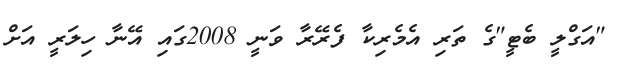
"އަގްލީ ބެޓީ"ގެ ތަރި އެމެރިކާ ފެރޭރާ ވަނީ 2008ގައި އޭނާ ހިލަރީ އަށް